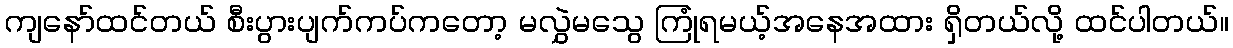
ကျနော်ထင်တယ် စီးပွားပျက်ကပ်ကတော့ မလွှဲမသွေ ကြုံရမယ့်အနေအထား ရှိတယ်လို့ ထင်ပါတယ်။